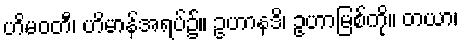
ဟိမဝတီ၊ ဟိမာန်အရပ်၌။ ဥဟာနဒိ၊ ဥဟာမြစ်ကို။ တယာ၊